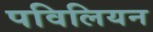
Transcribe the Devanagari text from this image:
पविलियन